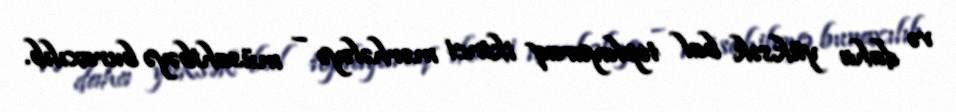
və daha yüksək bal toplayaraq ikinci mərhələyə – müsahibəyə buraxılıb.